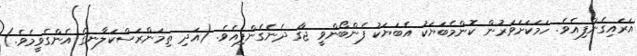
އަރައިގެންފިއެވެ. ހަމަކަށަވަރުން ކޮންމެބަޔަކު އެބަޔަކު ފެންބޯންވީ ޖާގަ ދެނެގެންފިއެވެ. (އަދި ތިމަންރަސްކަލާނގެ އެންގެވީމެވެ.)